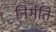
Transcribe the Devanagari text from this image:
निर्गति